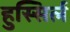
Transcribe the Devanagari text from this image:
हुस्सिर्ल